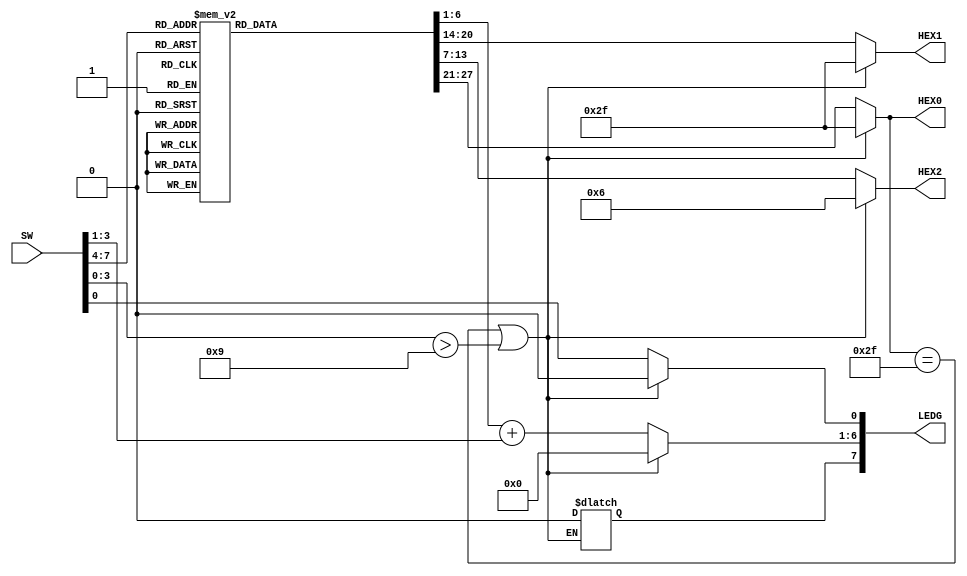
module bin2dec_3 (SW, LEDG, HEX0, HEX1, HEX2);

	input [7:0] SW;
	output reg [7:0] LEDG;
	output reg [6:0] HEX0, HEX1, HEX2;
	
	reg [6:0] ten;
	
	
	always @(*) begin
		
	
		case(SW[7:4])
			
			4'b0000 : begin
			
			ten <= 7'd0;
			HEX2 <= 7'b0000_000;
			HEX1 <= 7'b0000_000;
			HEX0 <= 7'b0000_000;
			
			end
			
			4'b0001 : begin 
			
			ten <= 7'd10;
			HEX2 <= 7'b0000_000;
			HEX1 <= 7'b0000_000;
			HEX0 <= 7'b0000_000;
			
			end
			
			4'b0010 : begin
			
			ten <= 7'd20;
			HEX2 <= 7'b0000_000;
			HEX1 <= 7'b0000_000;
			HEX0 <= 7'b0000_000;
			
			end
			
			4'b0011 : begin
			
			ten <= 7'd30;
			HEX2 <= 7'b0000_000;
			HEX1 <= 7'b0000_000;
			HEX0 <= 7'b0000_000;
			
			end
			
			4'b0100 : begin
			
			ten <= 7'd40;
			HEX2 <= 7'b0000_000;
			HEX1 <= 7'b0000_000;
			HEX0 <= 7'b0000_000;
			
			end
			
			4'b0101 : begin
			
			ten <= 7'd50;
			HEX2 <= 7'b0000_000;
			HEX1 <= 7'b0000_000;
			HEX0 <= 7'b0000_000;
			
			end
			
			4'b0110 : begin
			
			ten <= 7'd60;
			HEX2 <= 7'b0000_000;
			HEX1 <= 7'b0000_000;
			HEX0 <= 7'b0000_000;
			
			end
			
			4'b0111 : begin 
			
			ten <= 7'd70;
			HEX2 <= 7'b0000_000;
			HEX1 <= 7'b0000_000;
			HEX0 <= 7'b0000_000;
			
			end
			
			4'b1000 : begin
			
			ten <= 7'd80;
			HEX2 <= 7'b0000_000;
			HEX1 <= 7'b0000_000;
			HEX0 <= 7'b0000_000;
			
			end
			
			4'b1001 : begin
			
			ten <= 7'd90;
			HEX2 <= 7'b0000_000;
			HEX1 <= 7'b0000_000;
			HEX0 <= 7'b0000_000;
			
			end
			
			default: begin
	
			ten <= 7'd0;
			HEX2 <= 7'b0000_110;
			HEX1 <= 7'b0101_111;
			HEX0 <= 7'b0101_111;
			
			end
		
		endcase
		
		if ((HEX0 == 7'b0101_111) || (SW[3:0] > 4'd9)) begin
		
			LEDG <= 7'b0;
			HEX2 <= 7'b0000_110;
			HEX1 <= 7'b0101_111;
			HEX0 <= 7'b0101_111;
			
			end
		else begin
		
		LEDG[0] <= SW[0];
		LEDG[6:1] <= ten[6:1] + SW[3:1];
		
		end
	
	end
	
endmodule